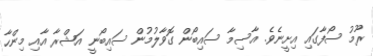
ރޫމު ސޯފާގައި އިށީނެވެ. އާސިމާ ސައިބޯން ގޮވާލުމުން ސައިބޯނީ އަޝްރާ އާއި މިންހާ